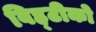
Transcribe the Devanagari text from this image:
विह्टीको